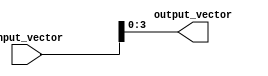
module part_select_example (
    input wire [7:0] input_vector,  // 8-bit input vector
    output wire [3:0] output_vector  // 4-bit output vector
);

// Continuous assignment using part select
assign output_vector = input_vector[3:0];  // Select the lower 4 bits of the input

endmodule